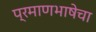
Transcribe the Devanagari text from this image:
प्रमाणभाषेचा